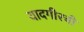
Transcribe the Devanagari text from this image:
यादगीरची